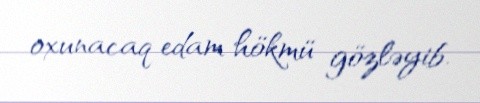
oxunacaq edam hökmü gözləyib.